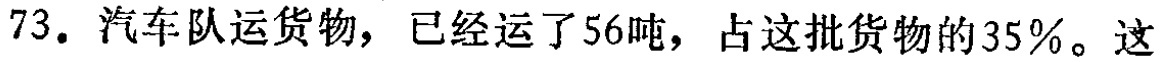
73. 汽车队运货物，已经运了56吨，占这批货物的35%。这